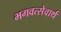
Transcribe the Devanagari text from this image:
भगवत्सेवार्थ